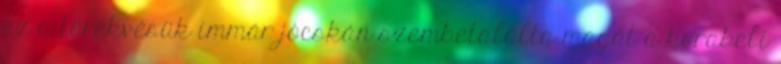
ez a törekvésük immár jócskán szembetalálta magát a korabeli